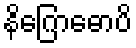
နိဂြောဓောပိ